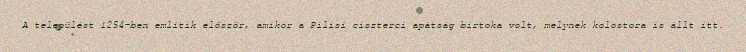
A települést 1254-ben említik először, amikor a Pilisi ciszterci apátság birtoka volt, melynek kolostora is állt itt.